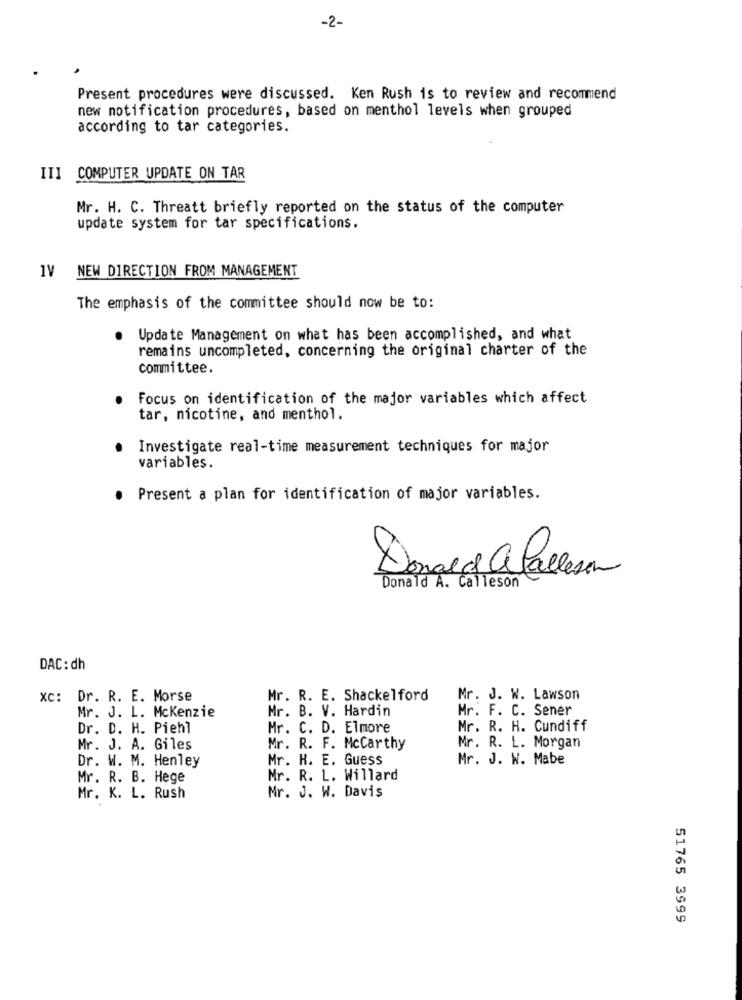
-2-
Present procedures were discussed. Ken Rush is to review and recommend
new notification procedures, based on menthol levels when grouped
according to tar categories.
III COMPUTER UPDATE ON TAR
Mr. H. C. Threatt briefly reported on the status of the computer
update system for tar specifications.
1V
NEW DIRECTION FROM MANAGEMENT
The emphasis of the committee should now be to:
Update Management on what has been accomplished, and what
remains uncompleted, concerning the original charter of the
committee.
Focus on identification of the major variables which affect
tar, nicotine, and menthol.
Investigate real-time measurement techniques for major
variables.
· Present a plan for identification of major variables.
Donald a Callesen
Donald A. Calleson
DAC: dh
Xc: Dr. R. E. Morse
Mr. R. E. Shackelford
Mr. J. W. Lawson
Mr. B. V. Hardin
Mr. F. C. Sener
Mr. J. L. Mckenzie
Dr. D. H. Piehl
Mr. C. D. Elmore
Mr. R. H. Cundiff
Mr. J. A. Giles
Mr. R. F. Mccarthy
Mr. R. L. Morgan
Dr. W. M. Henley
Mr. H. E. Guess
Mr. J. W. Mabe
Mr. R. B. Hege
Mr. R. L. Willard
Mr. K. L. Rush
Mr. J. W. Davis
51765 3999